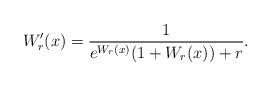
LaTeX: \begin{align*}W_r'(x)=\frac{1}{e^{W_r(x)}(1+W_r(x))+r}.\end{align*}